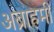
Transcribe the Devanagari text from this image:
अब्राहमी